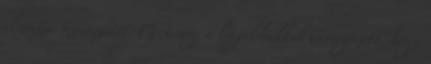
elrontja művészetét. Mert még a legjobbakkal is megesett, hogy